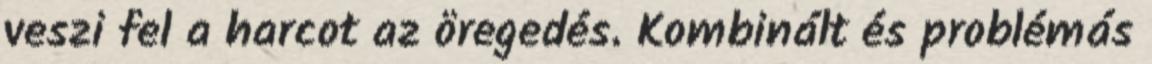
veszi fel a harcot az öregedés. Kombinált és problémás